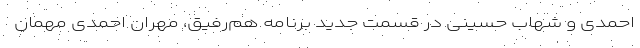
احمدی و شهاب حسینی در قسمت جدید برنامه هم‌رفیق، مهران احمدی مهمان